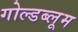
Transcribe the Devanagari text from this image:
गोल्डब्लूम